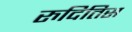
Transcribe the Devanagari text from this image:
रुदितिस